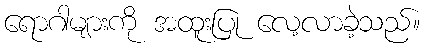
ရောဂါများကို အထူးပြု လေ့လာခဲ့သည်။